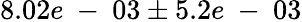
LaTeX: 8.02e\mathrm{~-~}03\pm 5.2e\mathrm{~-~}03